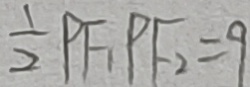
\frac { 1 } { 2 } P F _ { 1 } P F _ { 2 } = 9